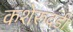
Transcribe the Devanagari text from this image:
कशेरुदंडी